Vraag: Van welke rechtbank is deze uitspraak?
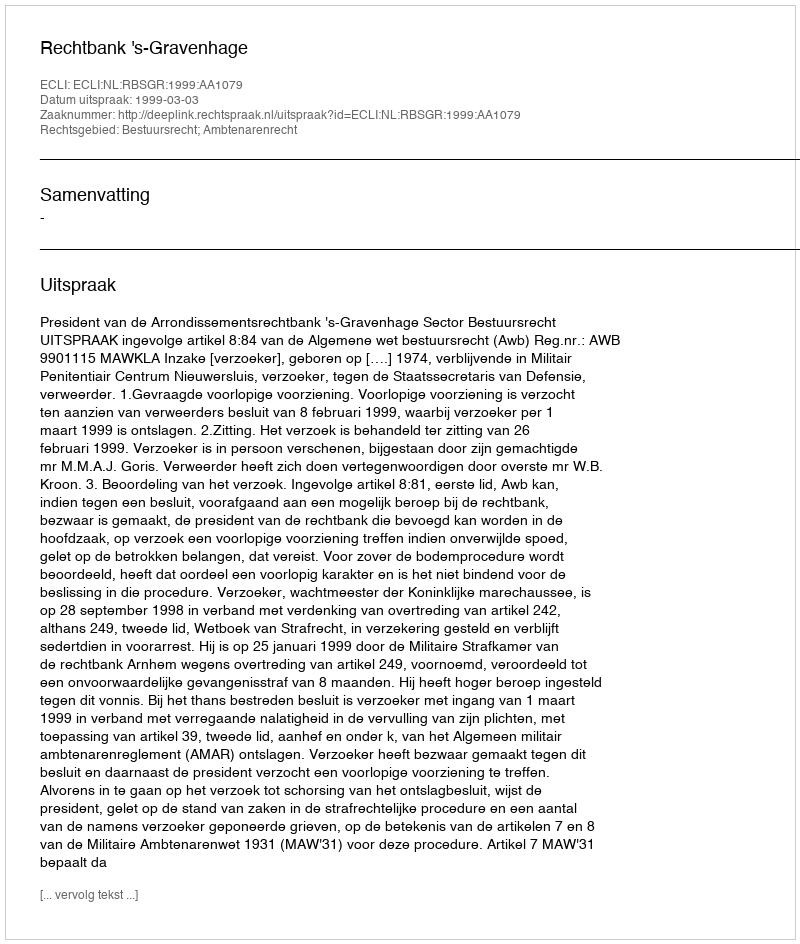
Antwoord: Rechtbank 's-Gravenhage